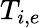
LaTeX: T_{i,e}